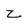
Character: z